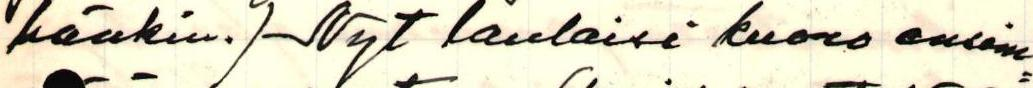
hänkin.) Nyt laulaisi kuoro ensim